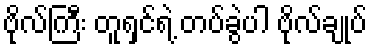
ဗိုလ်ကြီး တူရှင်ရဲ့ တပ်ခွဲပါ ဗိုလ်ချုပ်